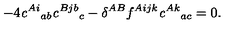
- 4 { \it c } ^ { A i } { } _ { a b } { \it c } ^ { B j b } { } _ { c } - \delta ^ { A B } f ^ { A i j k } { \it c } ^ { A k } { } _ { a c } = 0 .